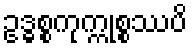
ဥဒ္ဓစ္စကုက္ကုစ္စဿပိ